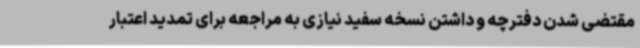
مقتضی شدن دفترچه و داشتن نسخه سفید نیازی به مراجعه برای تمدید اعتبار